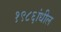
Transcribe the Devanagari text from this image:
१९८६ांधील